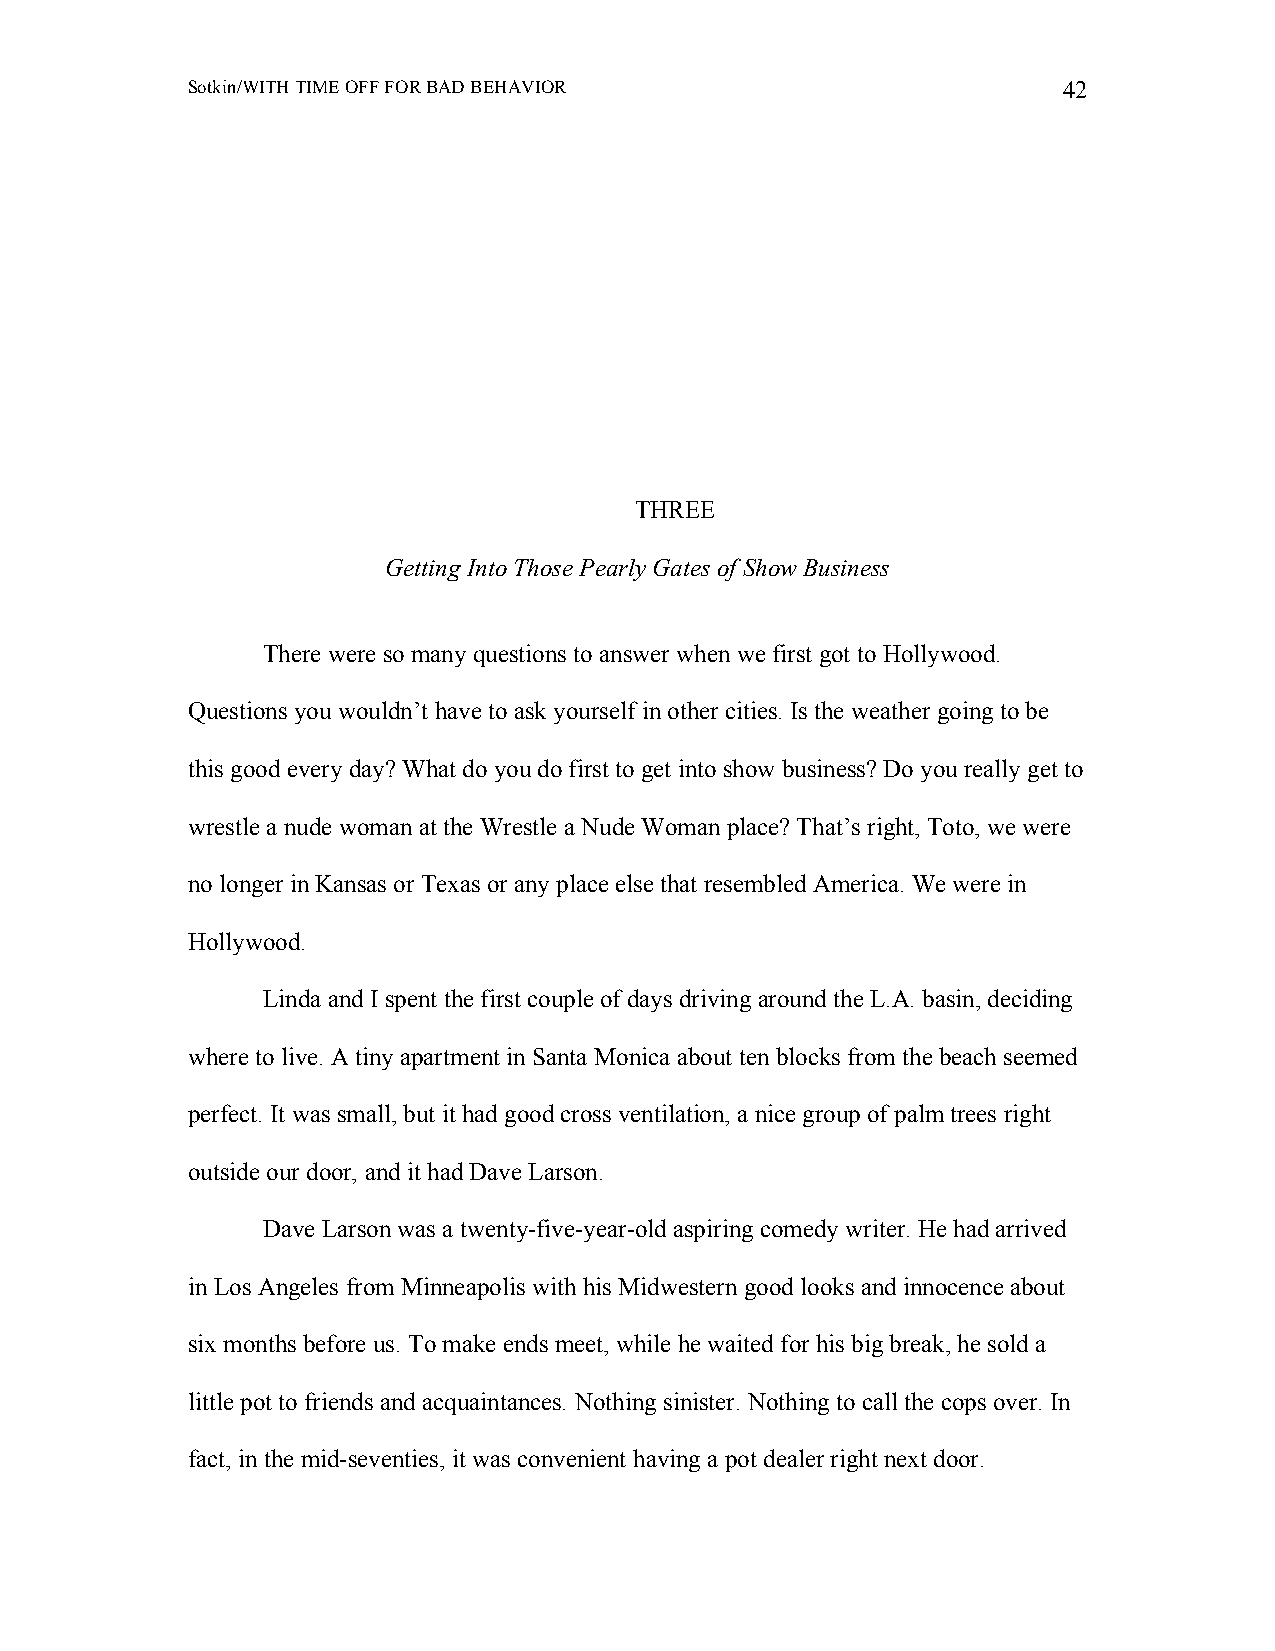
Sotkin/WITH TIME OFF FOR BAD BEHAVIOR                     42
 THREE
 Getting Into Those Pearly Gates of Show Business
 There were so many questions to answer when we first got to Hollywood.
 Questions you wouldn’t have to ask yourself in other cities. Is the weather going to be
 this good every day? What do you do first to get into show business? Do you really get to
 wrestle a nude woman at the Wrestle a Nude Woman place? That’s right, Toto, we were
 no longer in Kansas or Texas or any place else that resembled America. We were in
 Hollywood.
 Linda and I spent the first couple of days driving around the L.A. basin, deciding
 where to live. A tiny apartment in Santa Monica about ten blocks from the beach seemed
 perfect. It was small, but it had good cross ventilation, a nice group of palm trees right
 outside our door, and it had Dave Larson.
 Dave Larson was a twenty-five-year-old aspiring comedy writer. He had arrived
 in Los Angeles from Minneapolis with his Midwestern good looks and innocence about
 six months before us. To make ends meet, while he waited for his big break, he sold a
 little pot to friends and acquaintances. Nothing sinister. Nothing to call the cops over. In
 fact, in the mid-seventies, it was convenient having a pot dealer right next door.